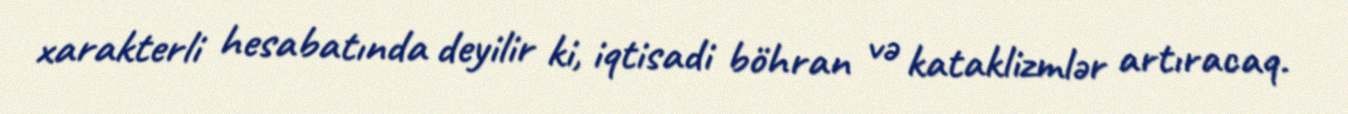
xarakterli hesabatında deyilir ki, iqtisadi böhran və kataklizmlər artıracaq.